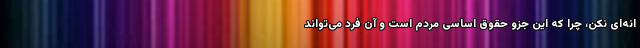
انه‌‌ای نکن، چرا که این جزو حقوق اساسی مردم است و آن فرد می‌تواند